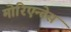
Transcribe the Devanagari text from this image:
मोरिएन्तेस